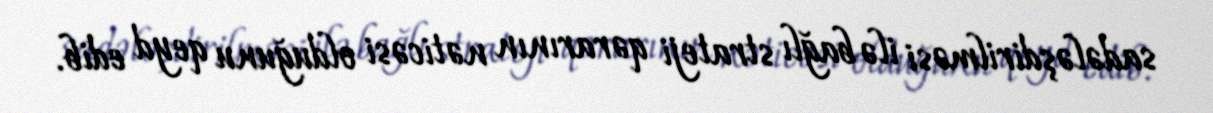
sadələşdirilməsi ilə bağlı strateji qərarının nəticəsi olduğunu qeyd edib.